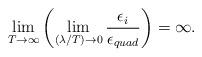
LaTeX: \begin{align*}\lim_{T\to\infty}\left(\lim_{(\lambda/T)\to 0}\frac{\epsilon_i}{\epsilon_{quad}}\right)=\infty.\end{align*}